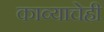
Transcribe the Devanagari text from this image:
काव्याचेही